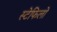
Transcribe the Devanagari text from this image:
स्टेफिलो